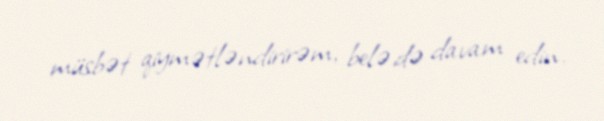
müsbət qiymətləndirirəm, belə də davam edin.